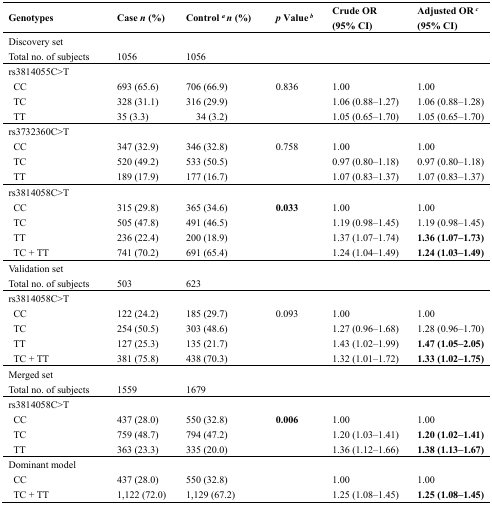
<table><thead><tr><td><b>Genotypes</b></td><td><b>Case <i>n</i> (%)</b></td><td><b>Control <i><sup>a </sup></i><i>n</i> (%)</b></td><td><b><i>p</i> Value<i><sup> b</sup></i></b></td><td><b>Crude OR (95% CI)</b></td><td><b>Adjusted OR<i><sup> c</sup></i> (95% CI)</b></td></tr></thead><tbody><tr><td colspan="6">Discovery set</td></tr><tr><td>Total no. of subjects</td><td>1056</td><td>1056</td><td></td><td></td><td></td></tr><tr><td colspan="6">rs3814055C&gt;T</td></tr><tr><td>CC</td><td>693 (65.6)</td><td>706 (66.9)</td><td>0.836</td><td>1.00</td><td>1.00</td></tr><tr><td>TC</td><td>328 (31.1)</td><td>316 (29.9)</td><td></td><td>1.06 (0.88–1.27)</td><td>1.06 (0.88–1.28)</td></tr><tr><td>TT</td><td>35 (3.3)</td><td>34 (3.2)</td><td></td><td>1.05 (0.65–1.70)</td><td>1.05 (0.65–1.70)</td></tr><tr><td colspan="6">rs3732360C&gt;T</td></tr><tr><td>CC</td><td>347 (32.9)</td><td>346 (32.8)</td><td>0.758</td><td>1.00</td><td>1.00</td></tr><tr><td>TC</td><td>520 (49.2)</td><td>533 (50.5)</td><td></td><td>0.97 (0.80–1.18)</td><td>0.97 (0.80–1.18)</td></tr><tr><td>TT</td><td>189 (17.9)</td><td>177 (16.7)</td><td></td><td>1.07 (0.83–1.37)</td><td>1.07 (0.83–1.37)</td></tr><tr><td colspan="6">rs3814058C&gt;T</td></tr><tr><td>CC</td><td>315 (29.8)</td><td>365 (34.6)</td><td><b>0.033</b></td><td>1.00</td><td>1.00</td></tr><tr><td>TC</td><td>505 (47.8)</td><td>491 (46.5)</td><td></td><td>1.19 (0.98–1.45)</td><td>1.19 (0.98–1.45)</td></tr><tr><td>TT</td><td>236 (22.4)</td><td>200 (18.9)</td><td></td><td>1.37 (1.07–1.74)</td><td><b>1.36 (1.07–1.73)</b></td></tr><tr><td>TC + TT</td><td>741 (70.2)</td><td>691 (65.4)</td><td></td><td>1.24 (1.04–1.49)</td><td><b>1.24 (1.03–1.49)</b></td></tr><tr><td colspan="6">Validation set</td></tr><tr><td>Total no. of subjects</td><td>503</td><td>623</td><td></td><td></td><td></td></tr><tr><td colspan="6">rs3814058C&gt;T</td></tr><tr><td>CC</td><td>122 (24.2)</td><td>185 (29.7)</td><td>0.093</td><td>1.00 </td><td>1.00 </td></tr><tr><td>TC</td><td>254 (50.5)</td><td>303 (48.6)</td><td></td><td>1.27 (0.96–1.68)</td><td>1.28 (0.96–1.70)</td></tr><tr><td>TT</td><td>127 (25.3)</td><td>135 (21.7)</td><td></td><td>1.43 (1.02–1.99)</td><td><b>1.47 (1.05–2.05)</b></td></tr><tr><td>TC + TT</td><td>381 (75.8)</td><td>438 (70.3)</td><td></td><td>1.32 (1.01–1.72)</td><td><b>1.33 (1.02–1.75)</b></td></tr><tr><td colspan="6">Merged set</td></tr><tr><td>Total no. of subjects</td><td>1559</td><td>1679</td><td></td><td></td><td></td></tr><tr><td colspan="6">rs3814058C&gt;T</td></tr><tr><td>CC</td><td>437 (28.0)</td><td>550 (32.8)</td><td><b>0.006</b></td><td>1.00</td><td>1.00</td></tr><tr><td>TC</td><td>759 (48.7)</td><td>794 (47.2)</td><td></td><td>1.20 (1.03–1.41)</td><td><b>1.20 (1.02–1.41)</b></td></tr><tr><td>TT</td><td>363 (23.3)</td><td>335 (20.0)</td><td></td><td>1.36 (1.12–1.66)</td><td><b>1.38 (1.13–1.67)</b></td></tr><tr><td colspan="6">Dominant model</td></tr><tr><td>CC</td><td>437 (28.0)</td><td>550 (32.8)</td><td></td><td>1.00</td><td>1.00</td></tr><tr><td>TC + TT</td><td>1,122 (72.0)</td><td>1,129 (67.2)</td><td></td><td>1.25 (1.08–1.45)</td><td><b>1.25 (1.08–1.45)</b></td></tr></tbody></table>